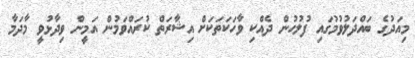
މިއަދުގެ ބައްދަލުވުމުގައި ފުލުހުން ދެއްކި ވާހަކަތަކަށް އިޝާރަތް ކުރައްވަމުން އަމީން ވިދާޅުވީ މާދަމާ